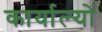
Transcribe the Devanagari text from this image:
कार्याल्यों